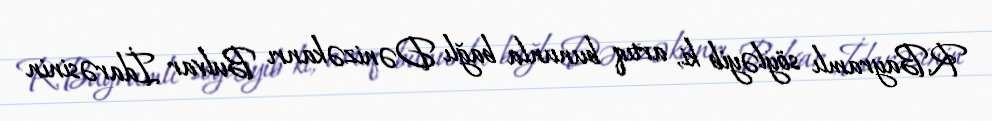
R.Bayramlı söyləyib ki, artıq bununla bağlı Dənizəkanrı Bulvar İdarəsinin